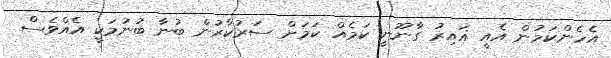
އެހެންކަމުން އެއީ ޣައިރު ގާނޫނީ ކަމެއް ކަމަށް ސަރުކާރުން ބުނާ ބުނުމަކީ އެއްވެސް